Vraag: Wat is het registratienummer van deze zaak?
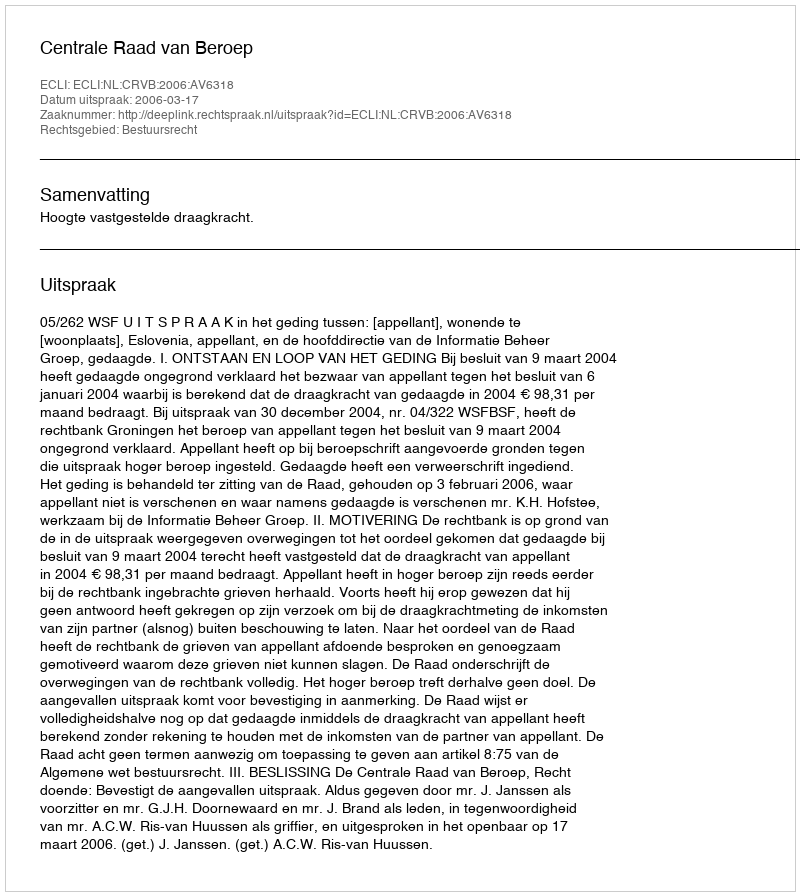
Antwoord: http://deeplink.rechtspraak.nl/uitspraak?id=ECLI:NL:CRVB:2006:AV6318